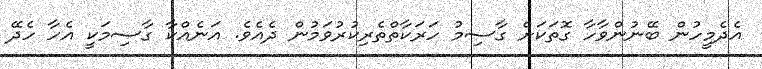
އެދެމީހުން ބޭނުންވާހާ ގޮތަކަށް ގާސިމު ހަރަކާތްތެރިކުރުވަމުން ދެއެވެ. އަނެއްކާ ގާސިމަކީ އެހާ ހެދޭ